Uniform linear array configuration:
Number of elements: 16
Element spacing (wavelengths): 0.25
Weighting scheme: binomial
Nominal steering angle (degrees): -30
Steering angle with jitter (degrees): -31.273
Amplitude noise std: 0.05
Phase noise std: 0.05

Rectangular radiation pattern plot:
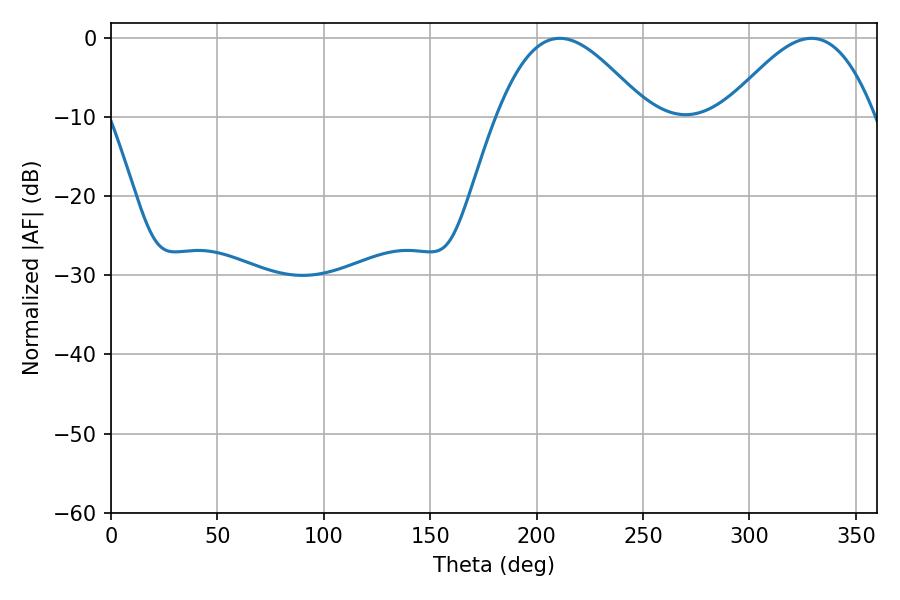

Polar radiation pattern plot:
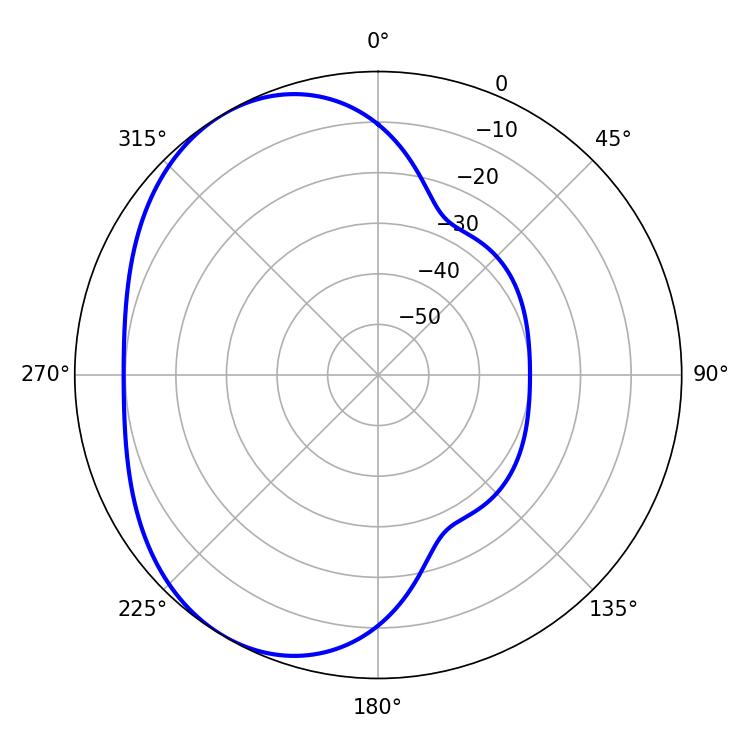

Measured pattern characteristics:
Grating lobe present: FALSE
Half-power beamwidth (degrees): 37.8
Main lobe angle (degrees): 210.78